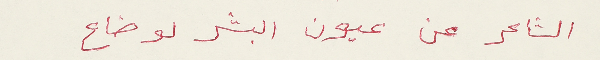
الشاعر عن عيون البشر لو ضاع